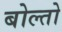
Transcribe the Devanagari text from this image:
बोल्तो